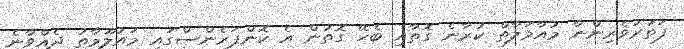
ފަތުރުވެރިންނާ މުއާމަލާތް ކުރާނެ ގޮތާއި ބެހޭ ގޮތުން އެ ކޮންފަރެންސްގައި މައުލޫމާތު ދެއްވާނެ